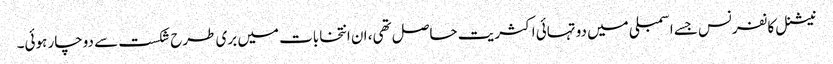
نیشنل کانفرنس جسے اسمبلی میں دو تہائی اکثریت حاصل تھی، ان انتخابات میں بری طرح شکست سے دوچار ہوئی۔